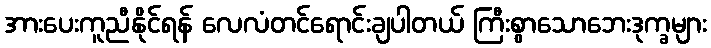
အားပေးကူညီနိုင်ရန် လေလံတင်ရောင်းချပါတယ် ကြီးစွာသောဘေးဒုက္ခများ